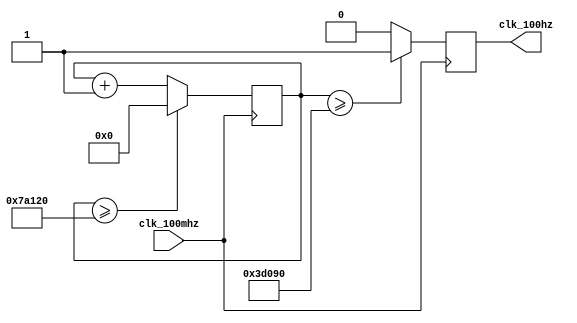
module clock_divide(
	output clk_100hz,
	input clk_100mhz
    );
	 
	 reg clk_100hz = 0;
	 reg [25:0] count = 0;
	
	/*
	initial begin
		clk_100hz<=0;
		count<=0;
	end
	*/
	
	always @ (posedge clk_100mhz) begin
		if (count >= 500_000)
			count <= 0;
		else
			count <= count+1;
		clk_100hz <= count>=250_000?1:0;
	end

endmodule